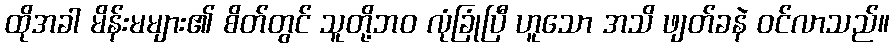
ထိုအခါ မိန်းမများ၏ စိတ်တွင် သူတို့ဘဝ လုံခြုံပြီ ဟူသော အသိ ဖျတ်ခနဲ ဝင်လာသည်။